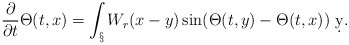
\begin{align*} \frac{\partial}{\partial t}\Theta(t,x) = \int_\S W_r(x-y) \sin(\Theta(t,y)-\Theta(t,x))\ \d y.\end{align*}